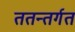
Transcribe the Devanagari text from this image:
ततन्तर्गत